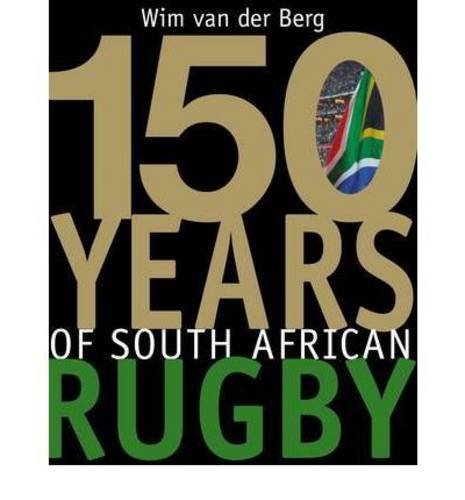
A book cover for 150 Years of South African Rugby; Wim van der Berg; Sports & Outdoors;